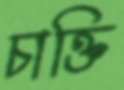
চাক্তি